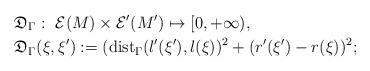
LaTeX: \begin{align*}\mathfrak{D}_{\Gamma}&: \ \mathcal{E}(M)\times\mathcal{E}'(M')\mapsto [0,+\infty), \\\mathfrak{D}_\Gamma &(\xi,\xi'):=({\rm dist}_{\Gamma}(l'(\xi'),l(\xi))^2+(r'(\xi')-r(\xi))^2;\end{align*}